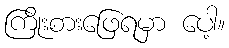
ကြိုးစားဖြေရမှာ ပေါ့။